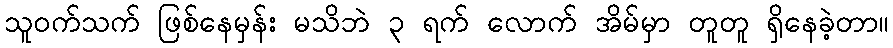
သူဝက်သက် ဖြစ်နေမှန်း မသိဘဲ ၃ ရက် လောက် အိမ်မှာ တူတူ ရှိနေခဲ့တာ။